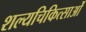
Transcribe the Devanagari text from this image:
शल्यचिकित्साओं